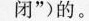
闭”)的。